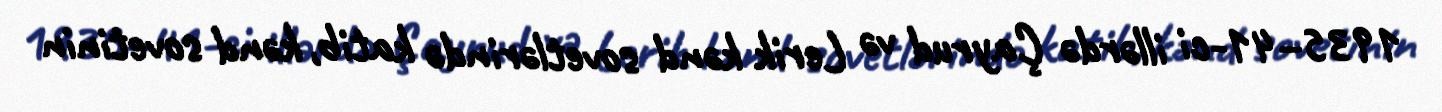
1935–41-ci illərdə Çayrud və Lerik kənd sovetlərində katib, kənd sovetinin